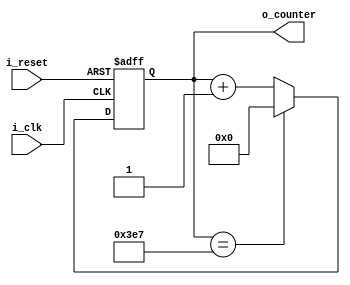
module Counter_Fan(
    input i_clk,
    input i_reset,
    output [9:0] o_counter
    );

    reg [9:0] r_counter = 0;
    assign o_counter = r_counter;

    always @(posedge i_clk or posedge i_reset) begin
        if(i_reset) begin
            r_counter <= 0;
        end
        else begin
            if(r_counter == 999) begin
                r_counter <= 0;
            end
            else begin
                r_counter <= r_counter + 1;
            end
        end
    end
endmodule